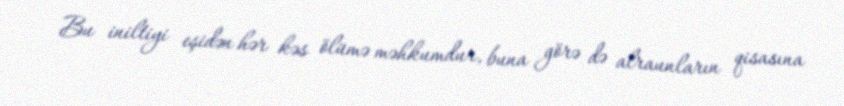
Bu iniltiyi eşidən hər kəs ölümə məhkumdur, buna görə də alraunların qisasına